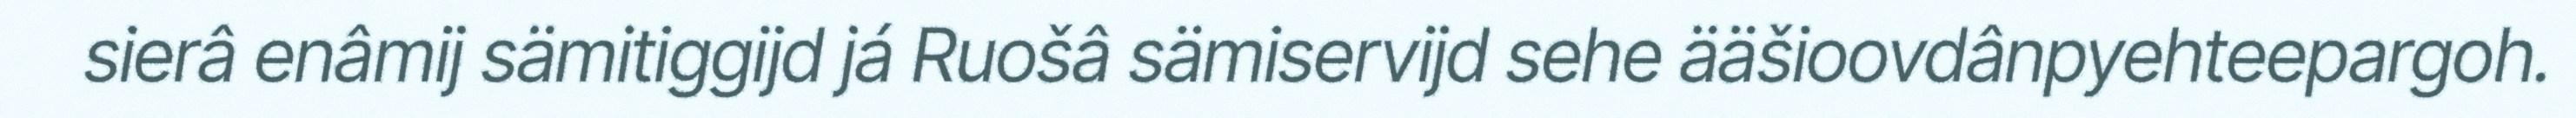
sierâ enâmij sämitiggijd já Ruošâ sämiservijd sehe ääšioovdânpyehteepargoh.